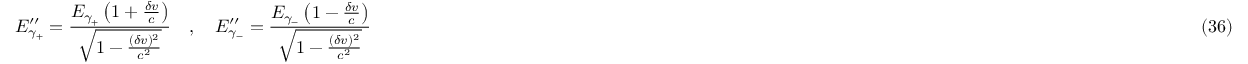
E _ { \gamma _ { + } } ^ { \prime \prime } = \frac { E _ { \gamma _ { + } } \left( 1 + \frac { \delta v } { c } \right) } { \sqrt { 1 - \frac { ( \delta v ) ^ { 2 } } { c ^ { 2 } } } } \quad , \quad E _ { \gamma _ { - } } ^ { \prime \prime } = \frac { E _ { \gamma _ { - } } \left( 1 - \frac { \delta v } { c } \right) } { \sqrt { 1 - \frac { ( \delta v ) ^ { 2 } } { c ^ { 2 } } } } \eqno ( 3 6 )